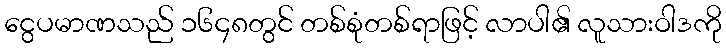
ငွေပမာဏသည် ၁၆၄၈တွင် တစ်စုံတစ်ရာဖြင့် လာပါ၏ လူသားဝါဒကို